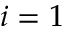
i = 1